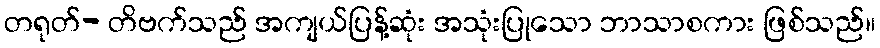
တရုတ်- တိဗက်သည် အကျယ်ပြန့်ဆုံး အသုံးပြုသော ဘာသာစကား ဖြစ်သည်။